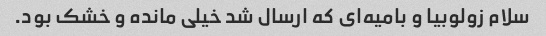
سلام زولوبیا و بامیه‌ای که ارسال شد خیلی مانده و خشک بود.